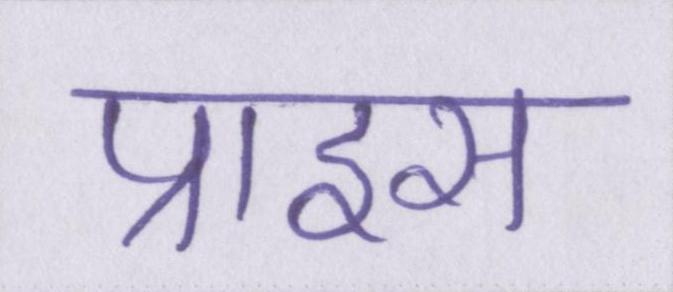
प्राइस